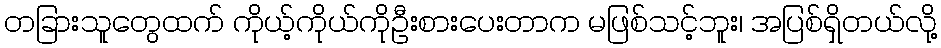
တခြားသူတွေထက် ကိုယ့်ကိုယ်ကိုဦးစားပေးတာက မဖြစ်သင့်ဘူး၊ အပြစ်ရှိတယ်လို့